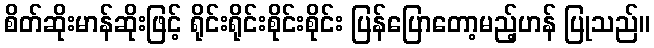
စိတ်ဆိုးမာန်ဆိုးဖြင့် ရိုင်းရိုင်းစိုင်းစိုင်း ပြန်ပြောတော့မည့်ဟန် ပြုသည်။